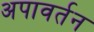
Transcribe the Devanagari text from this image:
अपावर्तन